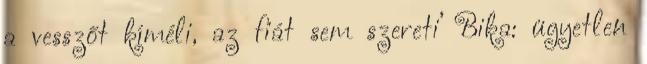
a vesszőt kíméli, az fiát sem szereti’ Bika: ügyetlen